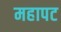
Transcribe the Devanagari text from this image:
महापट